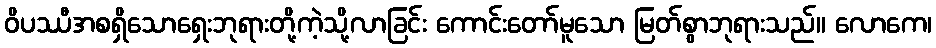
ဝိပဿီအစရှိသောရှေးဘုရားတို့ကဲ့သို့လာခြင်း ကောင်းတော်မူသော မြတ်စွာဘုရားသည်။ လောကေ၊